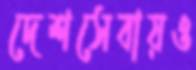
দেশসেবায়ও